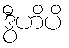
ဒွီဟိပိ